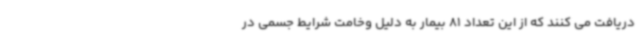
دریافت می کنند که از این تعداد 81 بیمار به دلیل وخامت شرایط جسمی در